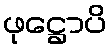
ဖုဋ္ဌောပိ